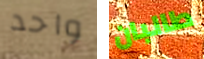
واحد طالبان